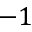
- 1